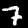
Digit: 7